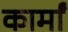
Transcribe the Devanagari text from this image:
कार्मां